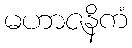
မဟာဇနိကံ